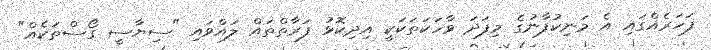
ފަހަރެއްގައި އެ މަނިކުފާނުގެ މިފަދަ ވާހަކަތަކަކީ އިދިކޮޅު ފަރާތްތައް ލައްވައި "ސިޔާސީ ގޯސްތަކެއް"